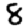
Digit: 8